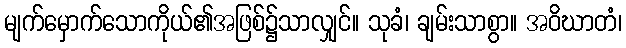
မျက်မှောက်သောကိုယ်၏အဖြစ်၌သာလျှင်။ သုခံ၊ ချမ်းသာစွာ။ အဝိဃာတံ၊